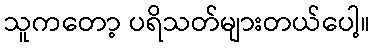
သူကတော့ ပရိသတ်များတယ်ပေါ့။